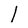
Character: l